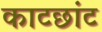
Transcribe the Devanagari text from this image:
काटछांट